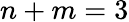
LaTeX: n+m=3